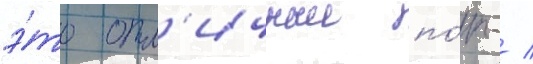
э́то отл'ичныи по́п- /